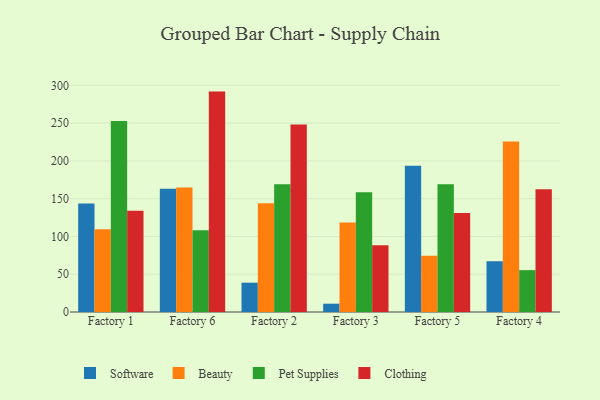
{"axis": {"x": "Factory", "y": "Shipments"}, "legend": ["Beauty", "Clothing", "Pet Supplies", "Software"], "data": [{"x": "Factory 1", "y": 143.5, "type": "Software"}, {"x": "Factory 1", "y": 109.5, "type": "Beauty"}, {"x": "Factory 1", "y": 252.8, "type": "Pet Supplies"}, {"x": "Factory 1", "y": 133.9, "type": "Clothing"}, {"x": "Factory 6", "y": 163.2, "type": "Software"}, {"x": "Factory 6", "y": 164.7, "type": "Beauty"}, {"x": "Factory 6", "y": 108.1, "type": "Pet Supplies"}, {"x": "Factory 6", "y": 291.7, "type": "Clothing"}, {"x": "Factory 2", "y": 38.8, "type": "Software"}, {"x": "Factory 2", "y": 143.9, "type": "Beauty"}, {"x": "Factory 2", "y": 169.2, "type": "Pet Supplies"}, {"x": "Factory 2", "y": 248.1, "type": "Clothing"}, {"x": "Factory 3", "y": 11.0, "type": "Software"}, {"x": "Factory 3", "y": 118.4, "type": "Beauty"}, {"x": "Factory 3", "y": 158.4, "type": "Pet Supplies"}, {"x": "Factory 3", "y": 88.4, "type": "Clothing"}, {"x": "Factory 5", "y": 193.7, "type": "Software"}, {"x": "Factory 5", "y": 74.5, "type": "Beauty"}, {"x": "Factory 5", "y": 169.0, "type": "Pet Supplies"}, {"x": "Factory 5", "y": 131.0, "type": "Clothing"}, {"x": "Factory 4", "y": 67.2, "type": "Software"}, {"x": "Factory 4", "y": 225.8, "type": "Beauty"}, {"x": "Factory 4", "y": 55.4, "type": "Pet Supplies"}, {"x": "Factory 4", "y": 162.3, "type": "Clothing"}]}